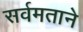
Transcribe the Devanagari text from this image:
सर्वमताने